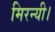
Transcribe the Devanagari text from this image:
मिरन्यी।